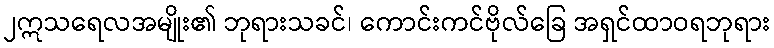
၂ဣသရေလအမျိုး၏ ဘုရားသခင်၊ ကောင်းကင်ဗိုလ်ခြေ အရှင်ထာဝရဘုရား